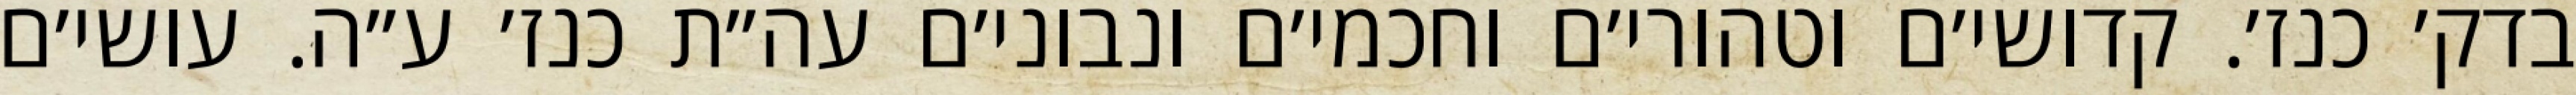
בדק׳ כנז׳. קדושי׳ם וטהורי׳ם וחכמי׳ם ונבוני׳ם עה״ת כנז׳ ע״ה. עושי׳ם